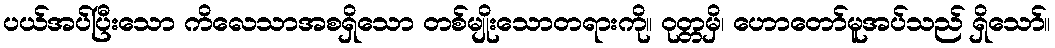
ပယ်အပ်ပြီးသော ကိလေသာအစရှိသော တစ်မျိုးသောတရားကို။ ဝုတ္တမှိ၊ ဟောတော်မူအပ်သည် ရှိသော်။